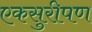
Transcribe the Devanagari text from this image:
एकसुरीपण